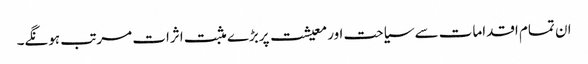
ان تمام اقدامات سے سیاحت اور معیشت پربڑے مثبت اثرات مرتب ہونگے۔